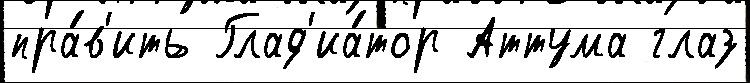
пра́в'ить Глад'иа́тор Аттума глаз